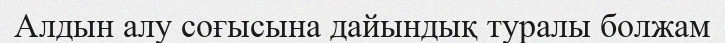
Алдын алу соғысына дайындық туралы болжам